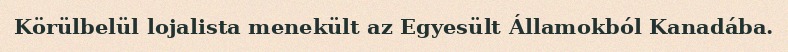
Körülbelül lojalista menekült az Egyesült Államokból Kanadába.